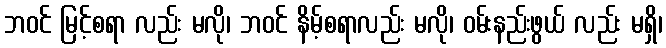
ဘဝင် မြင့်စရာ လည်း မလို၊ ဘဝင် နိမ့်စရာလည်း မလို၊ ဝမ်းနည်းဖွယ် လည်း မရှိ၊